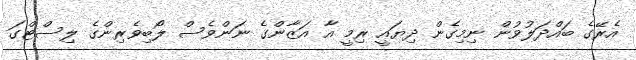
އެރޭގެ ބައްދަލުވުން ނިމިގެން ދިޔައީ ރިމީ އާ އަޒާންގެ ނަންވެސް ލޯބިވެރިންގެ ލިސްޓްގަ